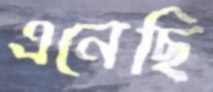
এনেছি